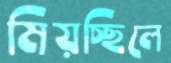
মিয়চ্ছিলে